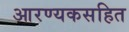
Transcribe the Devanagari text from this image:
आरण्यकसहित